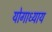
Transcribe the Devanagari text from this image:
योगाध्याय